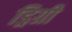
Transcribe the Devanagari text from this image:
ड्रिग्री